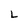
Character: L